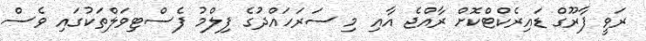
ރަވީ ފާރޫގް ޑައިރެކްޓްކޮށް ރާއްޖެ އާއި މި ސަރަހައްދުގެ ފިލްމު ފެސްޓިވަލްތަކުގައި ވެސް